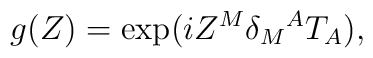
g(Z) = \exp (i Z^M \delta_M{}^{A} T_A),